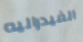
الفيدراليه